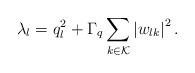
LaTeX: \begin{align*}\lambda_l = q_l^2 + \Gamma_q \sum_{k \in \mathcal{K}} \left\vert w_{lk} \right\vert^{2}. \end{align*}